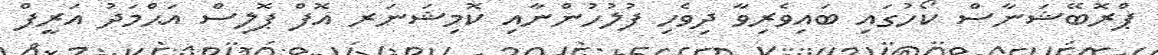
ޕްރޮބޭޝަނާސް ކޯހުގައި ބައިވެރިވާ ދިވެހި ފުލުހުންނާއި ކޮމިޝަނަރ އޮފް ޕޮލިސް އަޙްމަދު އަރީފް